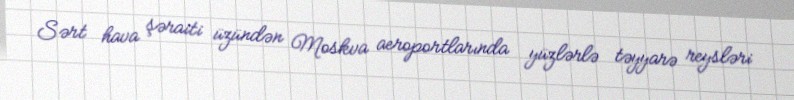
Sərt hava şəraiti üzündən Moskva aeroportlarında yüzlərlə təyyarə reysləri